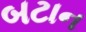
બટાન